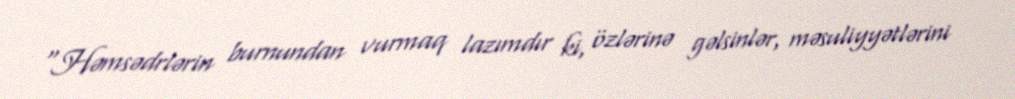
“Həmsədrlərin burnundan vurmaq lazımdır ki, özlərinə gəlsinlər, məsuliyyətlərini